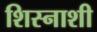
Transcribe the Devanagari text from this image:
शिस्नाशी